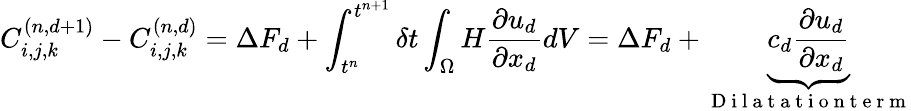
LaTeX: C_{i,j,k}^{(n,d+1)}-C_{i,j,k}^{(n,d)}=\Delta F_{d}+\int_{t^{n}}^{t^{n+1}}\delta t\int_{\Omega}H\frac{\partial u_{d}}{\partial x_{d}}dV=\Delta F_{d}+\underbrace{c_{d}\frac{\partial u_{d}}{\partial x_{d}}}_{\mathrm{~D~i~l~a~t~a~t~i~o~n~t~e~r~m~}}